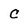
Character: C